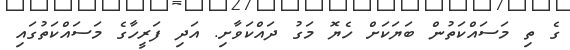
ގެ ތި މަސައްކަތުން ބަޔަކަށް ހެޔޮ މަގު ދައްކަވާށި. އަދި ފަރީހާގެ މަސައްކަތުގައި